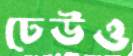
ঢেউও